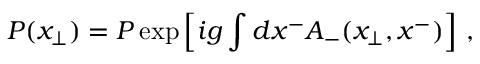
{ \cal P } ( { x } _ { \bot } ) = P \exp \left[ i g \int d x ^ { - } A _ { - } ( x _ { \bot } , x ^ { - } ) \right] \, ,